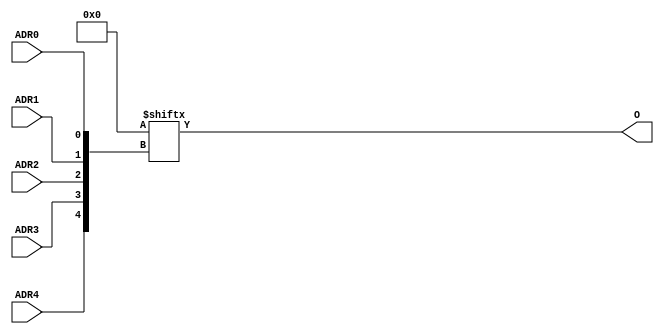
module X_LUT5 (O, ADR0, ADR1, ADR2, ADR3, ADR4);

  parameter INIT = 32'h00000000;
  parameter LOC = "UNPLACED";

  output O;
  input ADR0, ADR1, ADR2, ADR3, ADR4;

  wire a0, a1, a2, a3, a4;
  wire o_out_tmp;

  buf b0 (a0, ADR0);
  buf b1 (a1, ADR1);
  buf b2 (a2, ADR2);
  buf b3 (a3, ADR3);
  buf b4 (a4, ADR4);
  buf b5 (O, o_out_tmp);

  reg o_out;
  reg tmp;

  assign o_out_tmp= o_out;

  always @( a4 or a3 or  a2 or  a1 or  a0 )  begin

    tmp =  a0 ^ a1  ^ a2 ^ a3 ^ a4;

    if ( tmp == 0 || tmp == 1)

        o_out = INIT[{a4, a3, a2, a1, a0}];

    else

      o_out =  lut4_mux4 (
                        { lut6_mux8 ( INIT[31:24], {a2, a1, a0}),
                          lut6_mux8 ( INIT[23:16], {a2, a1, a0}),
                          lut6_mux8 ( INIT[15:8], {a2, a1, a0}),
                          lut6_mux8 ( INIT[7:0], {a2, a1, a0}) }, { a4, a3});
  end


  specify

	(ADR0 => O) = (0:0:0, 0:0:0);
	(ADR1 => O) = (0:0:0, 0:0:0);
	(ADR2 => O) = (0:0:0, 0:0:0);
	(ADR3 => O) = (0:0:0, 0:0:0);
	(ADR4 => O) = (0:0:0, 0:0:0);
	specparam PATHPULSE$ = 0;

  endspecify


  function lut6_mux8;
  input [7:0] d;
  input [2:0] s;
   
  begin

       if ((s[2]^s[1]^s[0] ==1) || (s[2]^s[1]^s[0] ==0))
           
           lut6_mux8 = d[s];

         else
           if ( ~(|d))
                 lut6_mux8 = 1'b0;
           else if ((&d))
                 lut6_mux8 = 1'b1;
           else if (((s[1]^s[0] ==1'b1) || (s[1]^s[0] ==1'b0)) && (d[{1'b0,s[1:0]}]==d[{1'b1,s[1:0]}]))
                 lut6_mux8 = d[{1'b0,s[1:0]}];
           else if (((s[2]^s[0] ==1) || (s[2]^s[0] ==0)) && (d[{s[2],1'b0,s[0]}]==d[{s[2],1'b1,s[0]}]))
                 lut6_mux8 = d[{s[2],1'b0,s[0]}];
           else if (((s[2]^s[1] ==1) || (s[2]^s[1] ==0)) && (d[{s[2],s[1],1'b0}]==d[{s[2],s[1],1'b1}]))
                 lut6_mux8 = d[{s[2],s[1],1'b0}];
           else if (((s[0] ==1) || (s[0] ==0)) && (d[{1'b0,1'b0,s[0]}]==d[{1'b0,1'b1,s[0]}]) &&
              (d[{1'b0,1'b0,s[0]}]==d[{1'b1,1'b0,s[0]}]) && (d[{1'b0,1'b0,s[0]}]==d[{1'b1,1'b1,s[0]}]))
                 lut6_mux8 = d[{1'b0,1'b0,s[0]}];
           else if (((s[1] ==1) || (s[1] ==0)) && (d[{1'b0,s[1],1'b0}]==d[{1'b0,s[1],1'b1}]) &&
              (d[{1'b0,s[1],1'b0}]==d[{1'b1,s[1],1'b0}]) && (d[{1'b0,s[1],1'b0}]==d[{1'b1,s[1],1'b1}]))
                 lut6_mux8 = d[{1'b0,s[1],1'b0}];
           else if (((s[2] ==1) || (s[2] ==0)) && (d[{s[2],1'b0,1'b0}]==d[{s[2],1'b0,1'b1}]) &&
              (d[{s[2],1'b0,1'b0}]==d[{s[2],1'b1,1'b0}]) && (d[{s[2],1'b0,1'b0}]==d[{s[2],1'b1,1'b1}]))
                 lut6_mux8 = d[{s[2],1'b0,1'b0}];
           else
                 lut6_mux8 = 1'bx;
   end
  endfunction


  function lut4_mux4;
  input [3:0] d;
  input [1:0] s;
   
  begin

       if ((s[1]^s[0] ==1) || (s[1]^s[0] ==0))

           lut4_mux4 = d[s];

         else if ((d[0] ^ d[1]) == 0 && (d[2] ^ d[3]) == 0 && (d[0] ^ d[2]) == 0)
           lut4_mux4 = d[0];
         else if ((s[1] == 0) && (d[0] == d[1]))
           lut4_mux4 = d[0];
         else if ((s[1] == 1) && (d[2] == d[3]))
           lut4_mux4 = d[2];
         else if ((s[0] == 0) && (d[0] == d[2]))
           lut4_mux4 = d[0];
         else if ((s[0] == 1) && (d[1] == d[3]))
           lut4_mux4 = d[1];
         else
           lut4_mux4 = 1'bx;

   end
  endfunction

endmodule